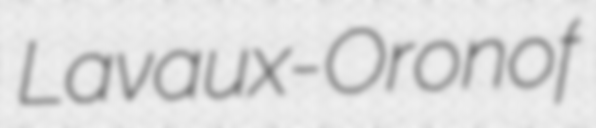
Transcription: Lavaux-Oron of